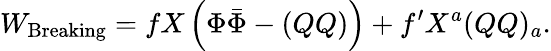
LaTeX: W_{\mathrm{Breaking}}=fX\left(\Phi\bar{\Phi}-(QQ)\right)+f^{\prime}X^{a}(QQ)_{a}.